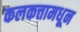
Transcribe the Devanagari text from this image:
कलकत्तामधून